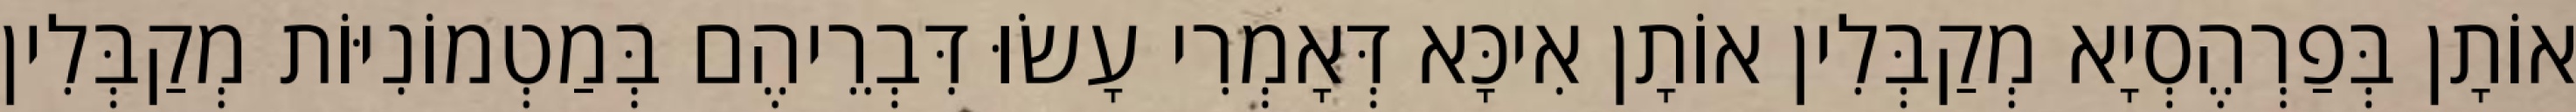
אוֹתָן בְּפַרְהֶסְיָא מְקַבְּלִין אוֹתָן אִיכָּא דְּאָמְרִי עָשׂוּ דִּבְרֵיהֶם בְּמַטְמוֹנִיּוֹת מְקַבְּלִין